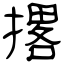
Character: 撂